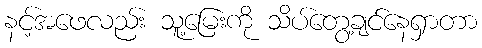
နင့်အဖေလည်း သူ့မြေးကို သိပ်တွေ့ချင်နေရှာတာ